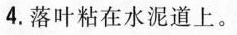
4.落叶粘在水泥道上。